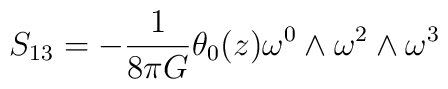
S_{13}= - \frac{1}{8{\pi}G} {\theta}_{0}(z) {\omega}^{0} \wedge {\omega}^{2} \wedge {\omega}^{3}